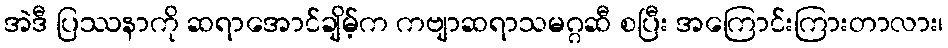
အဲဒီ ပြဿနာကို ဆရာအောင်ချိမ့်က ကဗျာဆရာသမဂ္ဂဆီ စပြီး အကြောင်းကြားတာလား၊